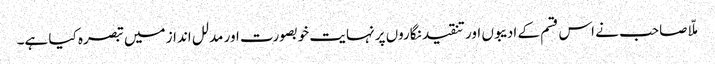
ملّا صاحب نے اس قسم کے ادیبوں اور تنقید نگاروں پر نہایت خوبصورت اور مدلل انداز میں تبصرہ کیا ہے۔